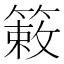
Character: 𫂙